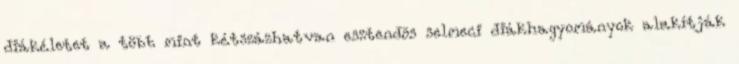
diákéletet a több mint kétszázhatvan esztendõs selmeci diákhagyományok alakítják